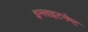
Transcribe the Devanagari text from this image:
इन्लाइटनेण्ट